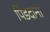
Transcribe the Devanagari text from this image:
पिंडदाना